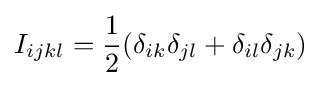
I_{ijkl}={\frac {1}{2}}(\delta _{ik}\delta _{jl}+\delta _{il}\delta _{jk})